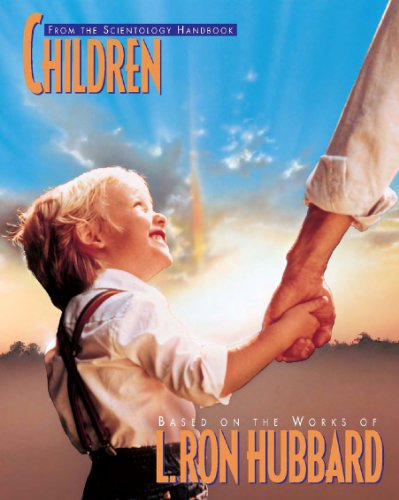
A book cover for Children; L. Ron Hubbard; Religion & Spirituality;